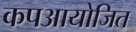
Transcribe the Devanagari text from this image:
कपआयोजित